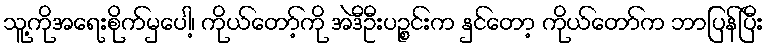
သူ့ကိုအရေးစိုက်မှပေါ့၊ ကိုယ်တော့်ကို အဲဒီဦးပဉ္စင်းက နှင်တော့ ကိုယ်တော်က ဘာပြန်ပြီး